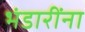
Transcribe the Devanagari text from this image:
भंडारींना